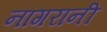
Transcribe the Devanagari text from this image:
नांगरानी